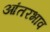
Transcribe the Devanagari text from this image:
आंतरभाव